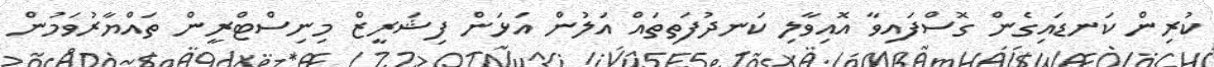
ކުރިން ކަނޑަަައިގެން ގޮސްފައިވާ އޮއިވާލި ކަނދުފަތިތައް އަލުން އަޅަން ފިޝަރީޒް މިނިސްޓްރީން ތައްޔާރުވަމުން